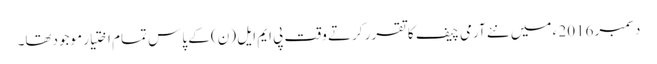
دسمبر 2016 ء میں نئے آرمی چیف کا تقرر کرتے وقت پی ایم ایل (ن) کے پاس تمام اختیار موجودتھا۔